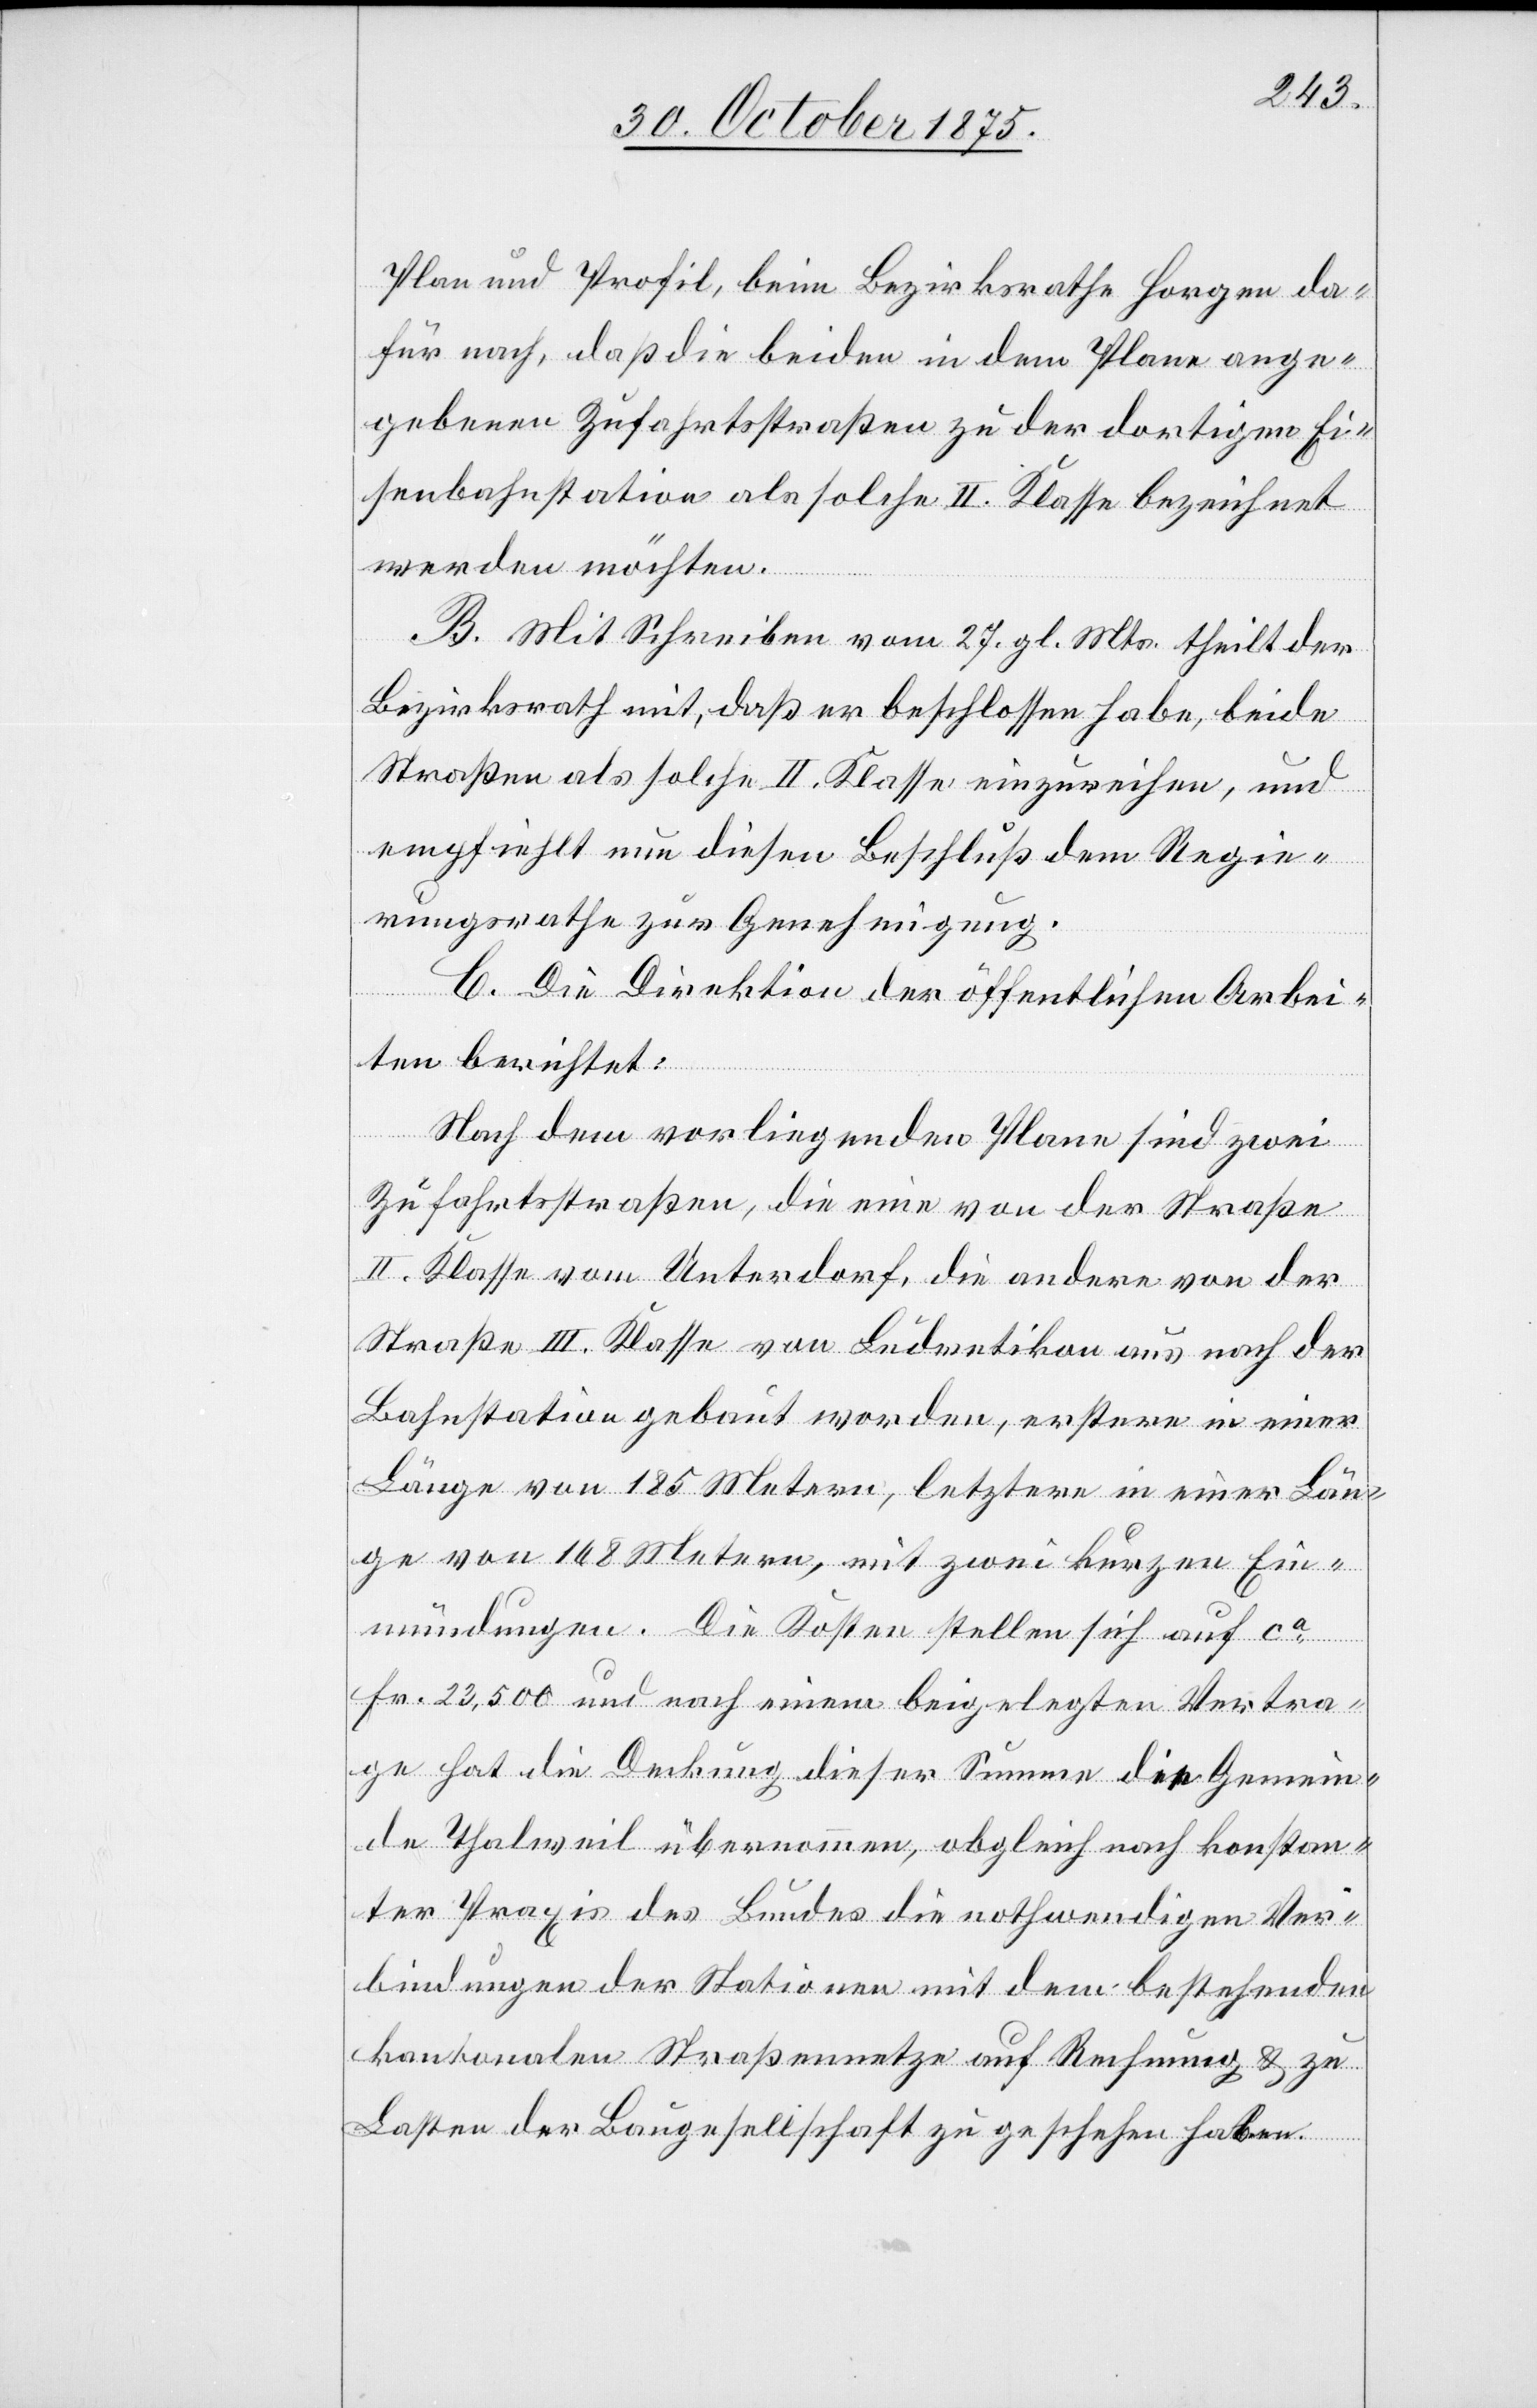
Plan und Profil, beim Bezirksrathe Horgen da¬
für nach, daß die beiden in dem Plane ange¬
gebenen Zufahrtsstraßen zu der dortigen Ei¬
senbahnstation als solche II. Klasse bezeichnet
werden möchten.
B. Mit Schreiben vom 27. gl. Mts. theilt der
Bezirksrath mit, daß er beschlossen habe, beide
Straßen als solche II. Klasse einzureihen, und
empfiehlt nun diesen Beschluß dem Regie¬
rungsrathe zur Genehmigung.
C. Die Direktion der öffentlichen Arbei¬
ten berichtet:
Nach dem vorliegenden Plane sind zwei
Zufahrtsstraßen, die eine von der Straße
II. Klasse vom Unterdorf, die andere von der
Straße III. Klasse von Ludretikon aus nach der
Bahnstation gebaut worden, erstere in einer
Länge von 185 Metern, letztere in einer Län¬
ge von 168 Metern, mit zwei kurzen Ein¬
mündungen. Die Kosten stellen sich auf ca
Fr. 23,500 und nach einem beigelegten Vertra¬
ge hat die Deckung dieser Summe die Gemein¬
de Thalweil übernommen, obgleich nach konstan¬
ter Praxis des Bundes die nothwendigen Ver¬
bindungen der Stationen mit dem bestehenden
kantonalen Straßennetze auf Rechnung & zu
Lasten der Baugesellschaft zu geschehen haben.